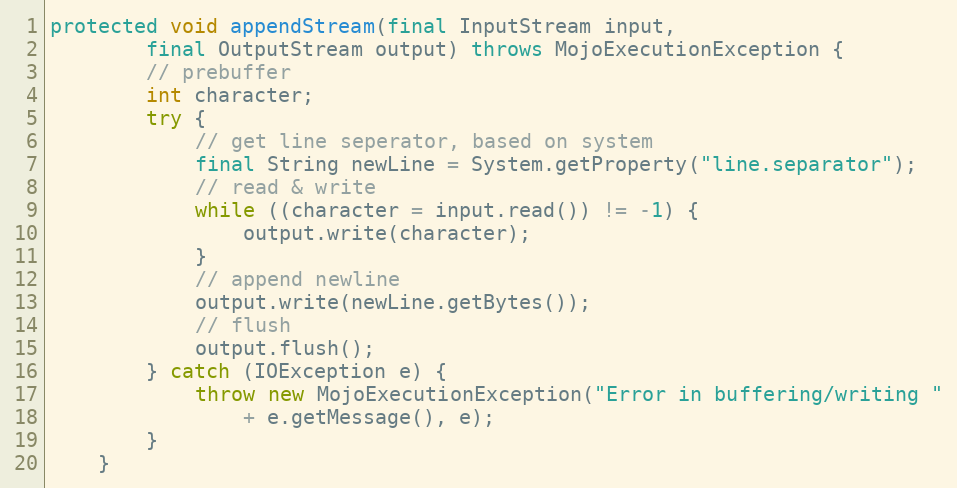
Language: Java
protected void appendStream(final InputStream input,
        final OutputStream output) throws MojoExecutionException {
        // prebuffer
        int character;
        try {
            // get line seperator, based on system
            final String newLine = System.getProperty("line.separator");
            // read & write
            while ((character = input.read()) != -1) {
                output.write(character);
            }
            // append newline
            output.write(newLine.getBytes());
            // flush
            output.flush();
        } catch (IOException e) {
            throw new MojoExecutionException("Error in buffering/writing "
                + e.getMessage(), e);
        }
    }